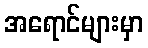
အရောင်များမှာ